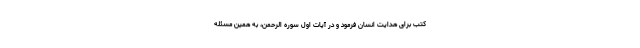
کتب برای هدایت انسان فرمود و در آیات اول سوره الرحمن، به همین مسئله